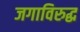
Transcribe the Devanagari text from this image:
जगाविरुद्ध